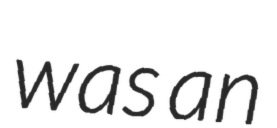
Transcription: was an